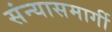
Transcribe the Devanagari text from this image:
संन्यासमार्गी